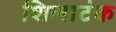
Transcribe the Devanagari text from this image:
शिलाटंक